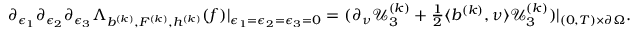
\begin{array} { r } { \partial _ { \epsilon _ { 1 } } \partial _ { \epsilon _ { 2 } } \partial _ { \epsilon _ { 3 } } \Lambda _ { b ^ { ( k ) } , F ^ { ( k ) } , h ^ { ( k ) } } ( f ) | _ { \epsilon _ { 1 } = \epsilon _ { 2 } = \epsilon _ { 3 } = 0 } = ( \partial _ { \nu } \mathcal { U } _ { 3 } ^ { ( k ) } + \frac { 1 } { 2 } \langle b ^ { ( k ) } , \nu \rangle \mathcal { U } _ { 3 } ^ { ( k ) } ) | _ { ( 0 , T ) \times \partial \Omega } . } \end{array}